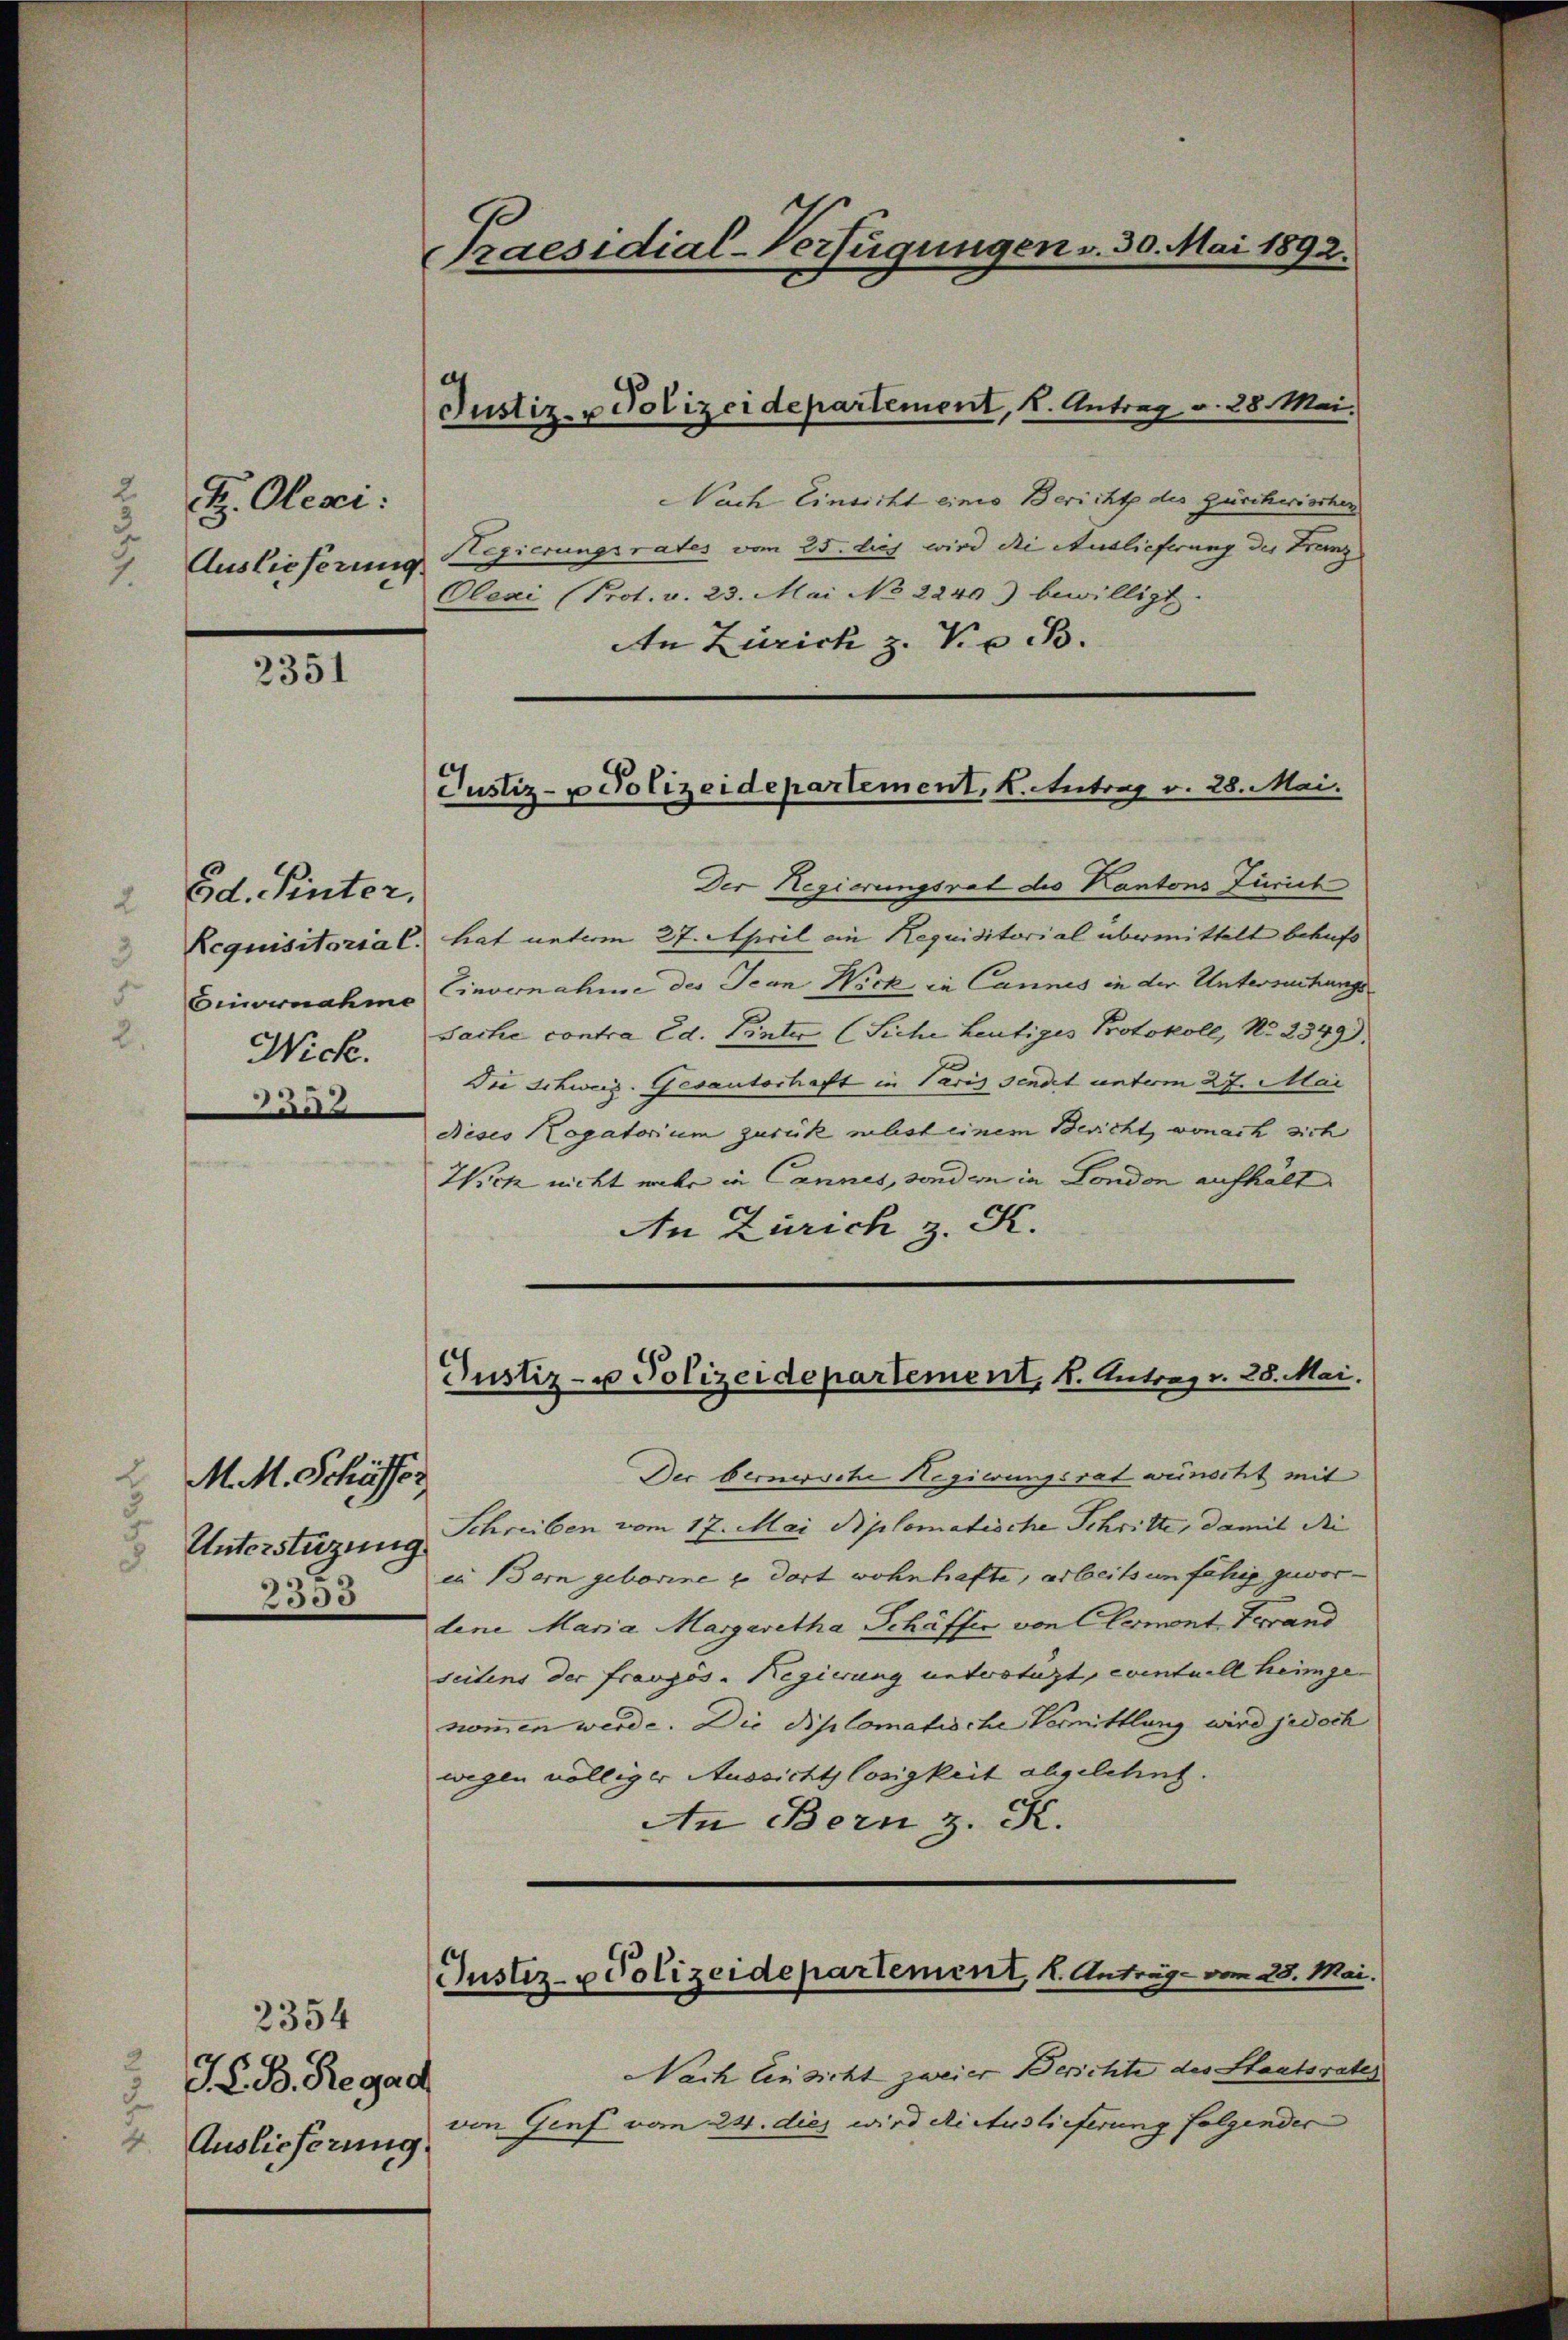
2.
H. Oleai:
 Auslieferung

2351

Ed. Pinter,
Nick.
3352

2
M. M. Schäffer
Unterstüzung.
2305

2354
K D. Regad
4. Auslieferung.

Praesidial-Verfügungen v. 30. Mai 1892.

Justiz- u Polizeidepartement, 2. Antrag v. 28. Mai.

Nach Einsicht eines Bericht des Zürchwischer
Regierungsrates vom 25. bis wird die Auslieferung der Franz
Olexi (Prot. v. 23. Mai No 2240) bewilligt.
An Zürich z. V. B.

Justiz- u Polizeidepartement, K. Antrag v. 28. Mai.

Der Regierungsrat des Kantons Zürich
Requisitoria C. hat unterm 27. April ein Requisitorial übermittelt behufs
Einvernahme Einvernahme des Jean Nick, in Cannes in der Untersuchungs¬
Sache contra Ed. Pinter (Siche Leutiges Protokoll, No 2349).
Die Schweiz. Gesanterhaft in Paris sendet unterm 27. Mai
Dieses Rogatorium zurück meist einem Bericht, wonach sich
Wick nicht mehr in Cannes, sondern in London aufhält
An Zürich z. K.

Justiz- u Polizeidepartement, 1. Antrag v. 28. Mai.

Justiz- u Polizeidepartement, 1. Anträge vom 28. Mai.

Der bernersche Hegierungsrat wünscht mit
Schreiben vom 17. Mai diplomatische Schritte, damit die |
in Bern geborene u. dort wohnhafte, arbeitsunfähig geworlene Maria Margaretha Schäffer von Clermont Ferand
seitens der französ. Regierung unterstüzt, eventuell heimge-
nommen werde. Die Diplomatische Vermittlung wird jedoch
wegen völliger Aussichtslosigkeit abgelehnt.
An Bern z. K.
Nach Einsicht zweier Berichte des Staatsrates
von Genf vom 24. dies wird die Auslieferung folgender